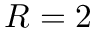
R = 2